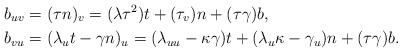
LaTeX: \begin{align*}b_{uv} & =(\tau n)_{v}=(\lambda\tau^{2})t+(\tau_{v})n+(\tau\gamma)b,\\b_{vu} & =(\lambda_{u}t-\gamma n)_{u}=(\lambda_{uu}-\kappa\gamma)t+(\lambda_{u}\kappa-\gamma_{u})n+(\tau\gamma)b.\end{align*}